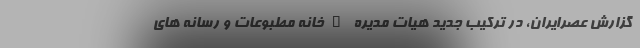
گزارش عصرایران، در ترکیب جدید هیات مدیره "خانه مطبوعات و رسانه های